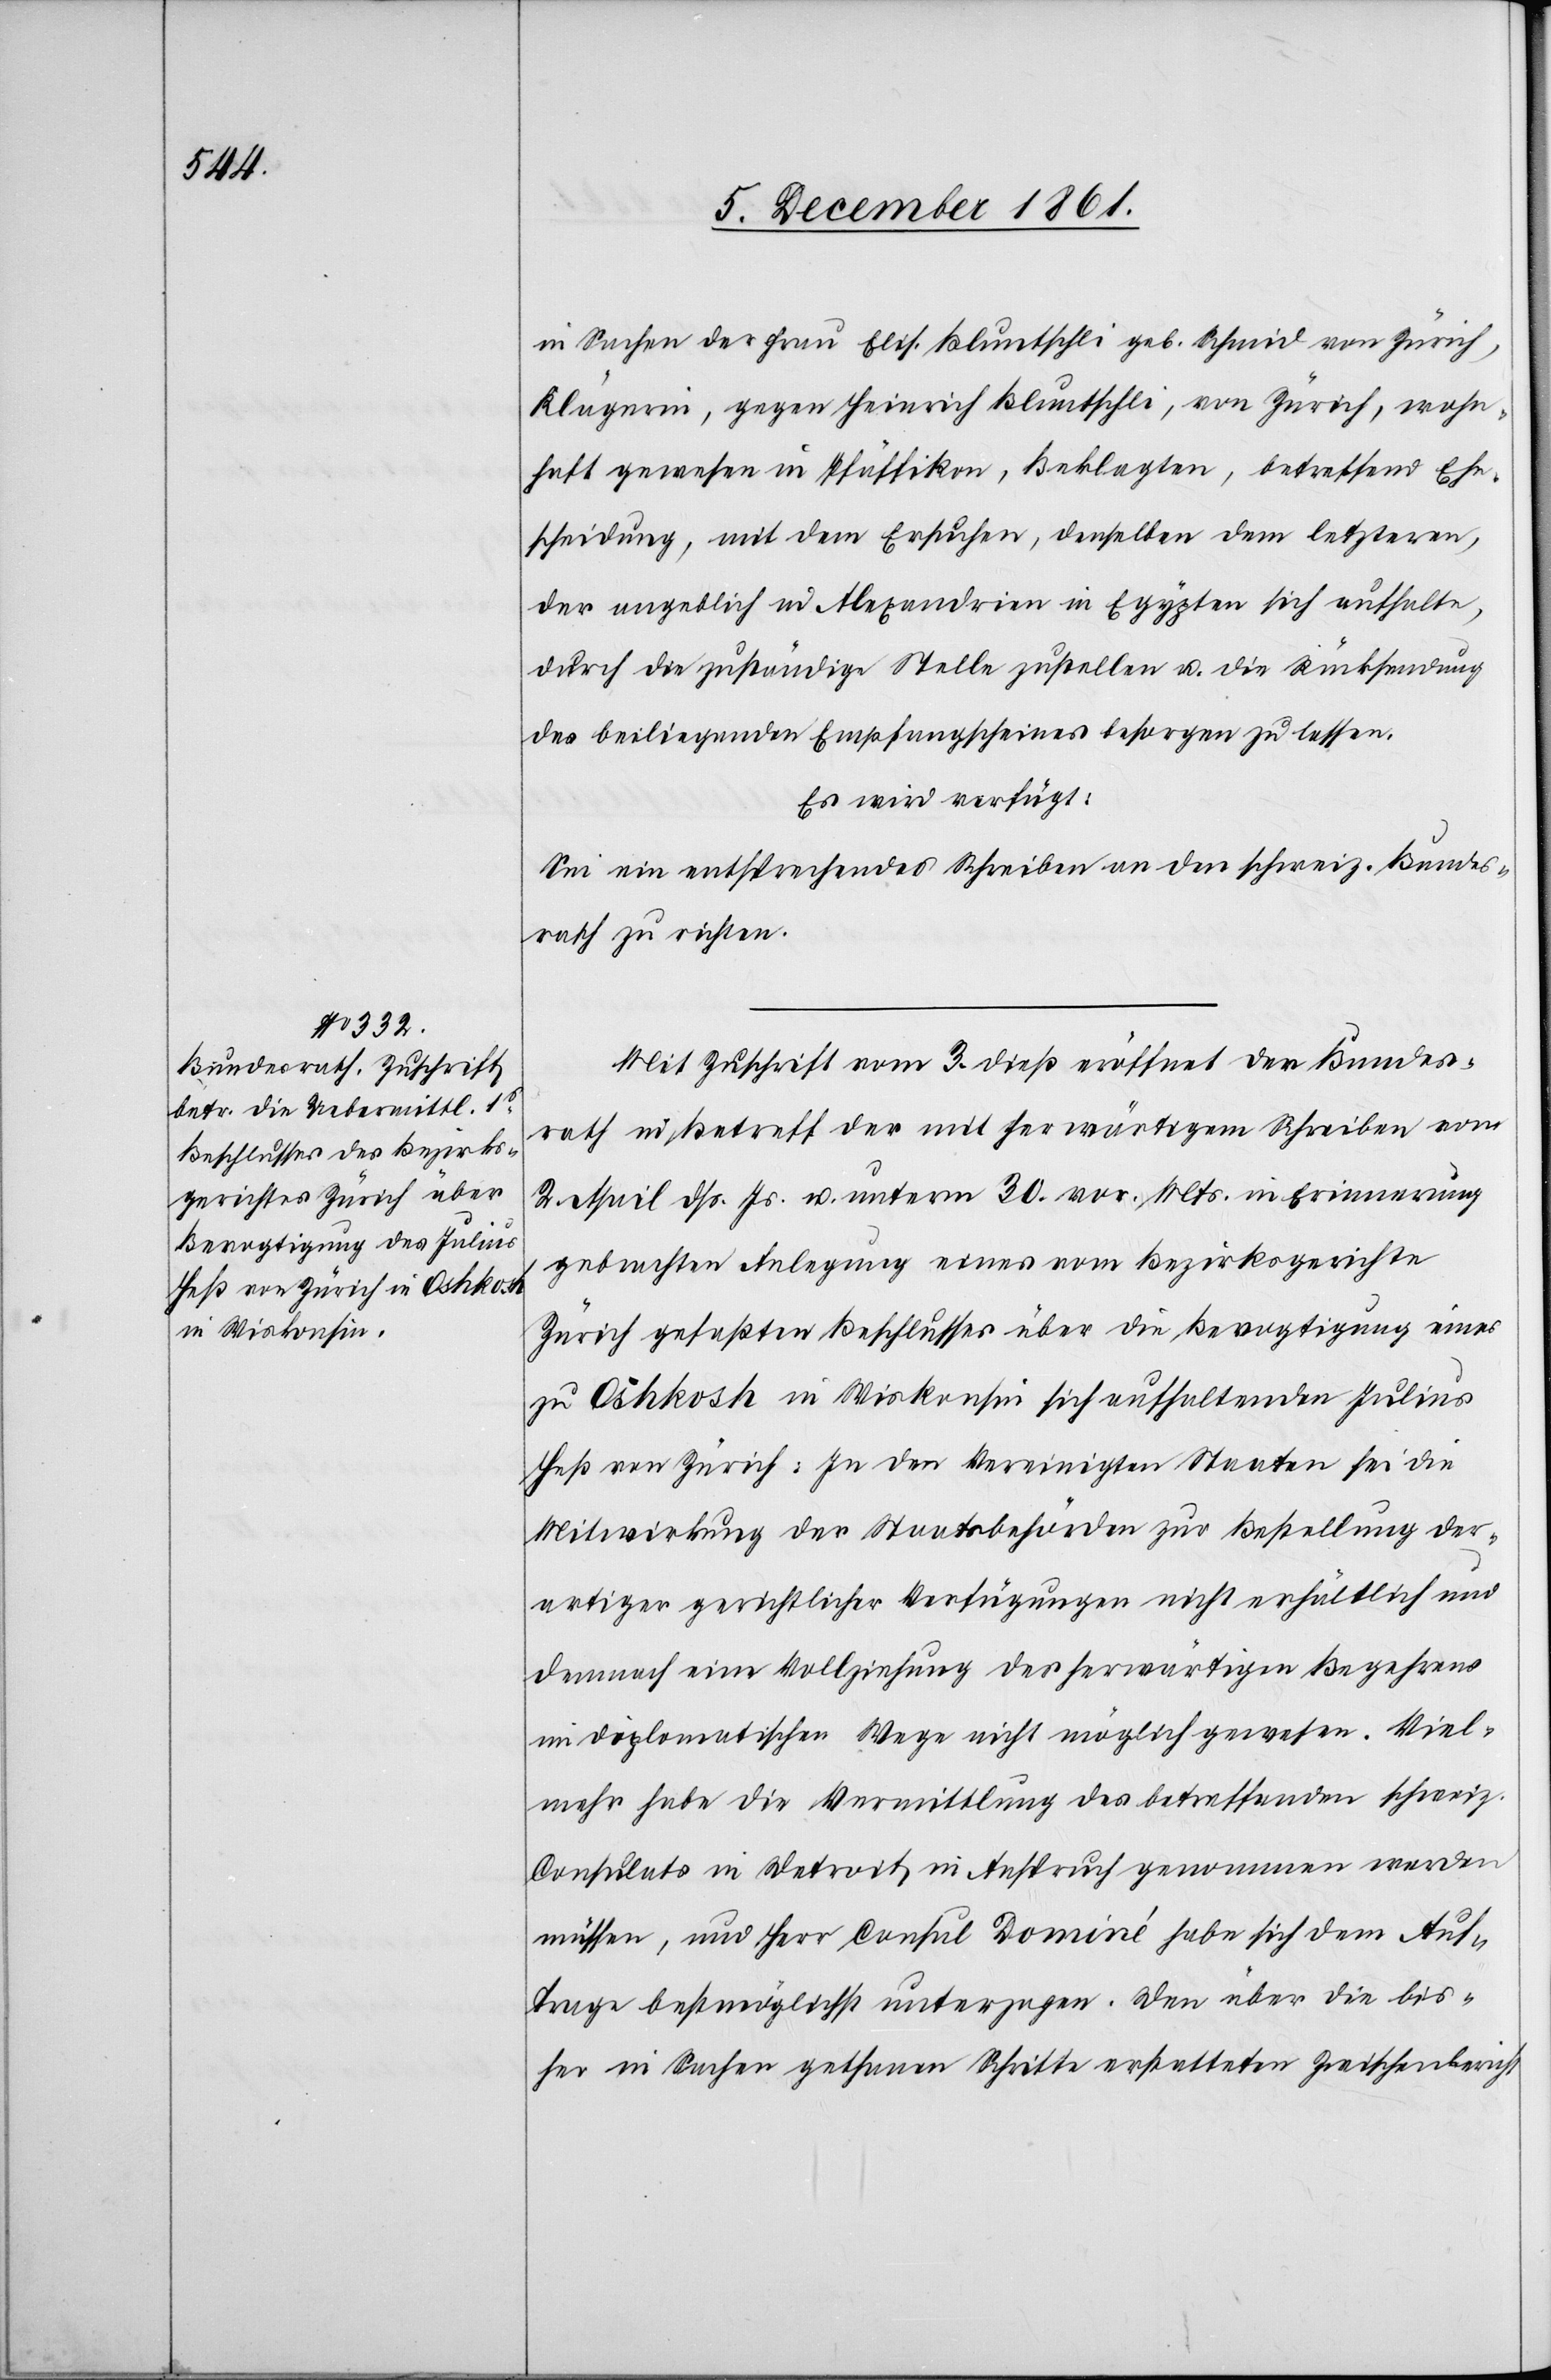
5 December 1861.]
in Sachen der Frau Elis. Bluntschli geb. Schmid von Zürich,
Klägerin, gegen Heinrich Bluntschli, von Zürich, wohn¬
haft gewesen in Pfäffikon, Beklagten, betreffend Ehe¬
scheidung, mit dem Ersuchen, denselben dem letzteren,
der angeblich in Alexandrien in Egypten sich aufhalte,
durch die zuläßige Stelle zustellen u. die Rücksendung
des beiliegenden Empfangscheines besorgen zu lassen.
Es wird verfügt:
Sei ein entsprechendes Schreiben an den schweiz. Bundes¬
rath zu richten.
Mit Zuschrift vom 3 dieß eröffnet der Bundes¬
rath in Betreff der mit herwärtigem Schreiben vom
2 April dß. Js. u. unterm 30 vor. Mts. in Erinnerung
gebrachten Anlegung eines vom Bezirksgerichte
Zürich gefaßten Beschlusses über die Bevogtigung eines
zu Oshkosh in Wiskonsin sich aufhaltenden Julius
Heß von Zürich. In den Vereinigten Staaten sei die
Mitwirkung der Staatsbehörden zur Bestellung der¬
artiger gerichtlicher Verfügungen nicht erhältlich und
demnach eine Vollziehung des herwärtigen Begehrens
im diplomatischen Wege nicht möglich gewesen. Viel¬
mehr habe die Vermittlung des betreffenden schweiz.
Consulats in Detroit in Anspruch genommen werden
müssen, und Herr Consul Dominé habe sich dem Auf¬
trage bestmöglichst unterzogen. Den über die bis¬
her in Sachen gethanen Schritte erstatteten Zwischenbericht